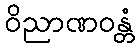
ဝိညာဏဝန္တံ